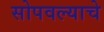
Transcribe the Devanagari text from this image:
सोपवल्याचे